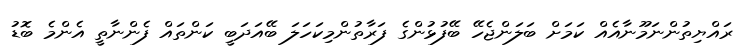
ރައްޔިތުންނަމޫނާއެއް ކަމަށް ބަލަންޖެހޭ ބޭފުޅުންގެ ފަރާތުންމިކަހަލަ ބޭއަދަބީ ކަންތައް ފެންނާތީ އެންމެ ބޮޑު